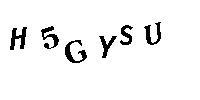
H5GYSU